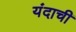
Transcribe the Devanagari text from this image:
यंदाची